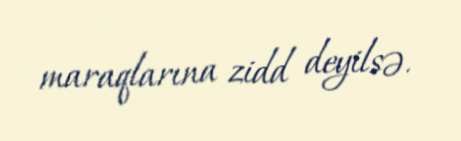
maraqlarına zidd deyilsə.